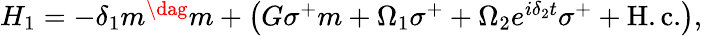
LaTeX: \begin{array}{r}{H_{1}={-}\delta_{1}m^{\dag}m+\left(G\sigma^{+}m+\Omega_{1}\sigma^{+}+\Omega_{2}e^{i\delta_{2}t}\sigma^{+}+\mathrm{H.c.}\right),}\end{array}